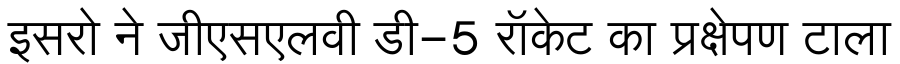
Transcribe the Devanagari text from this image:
इसरो ने जीएसएलवी डी-5 रॉकेट का प्रक्षेपण टाला